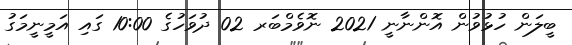
ބީލަން ހުޅުވުން އޮންނާނީ 2021 ނޮވެމްބަރ 02 ދުވަހުގެ 10:00 ގައި އަމީނީމަގު